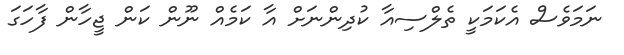
ނަމަވެސް އެކަމަކީ ތެލްސިއާ ކުދިންނަށް އާ ކަމެއް ނޫން ކަން ޖީހާން ފާހަގަ